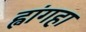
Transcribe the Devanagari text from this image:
ह्वांगहा